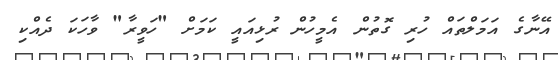
އޭނާގެ އަމަލްތައް ހުރި ގޮތުން އެމީހުން ރުޅިއައީ ކަމަށް "ހަވީރާ" ވާހަކަ ދެއްކި